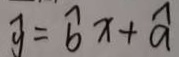
\widehat { y } = \widehat { b } x + \widehat { a }